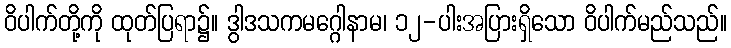
ဝိပါက်တို့ကို ထုတ်ပြရာ၌။ ဒွါဒသကမဂ္ဂေါနာမ၊ ၁၂-ပါးအပြားရှိသော ဝိပါက်မည်သည်။